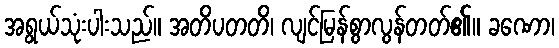
အရွယ်သုံးပါးသည်။ အတိပတတိ၊ လျင်မြန်စွာလွန်တတ်၏။ ခဏော၊